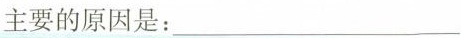
主要的原因是：___